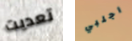
تعديت اجلبي